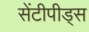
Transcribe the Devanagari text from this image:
सेंटीपीड्स